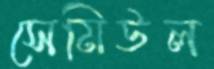
সেমিউল